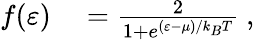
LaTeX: \begin{array}{rl}{f(\varepsilon)}&{{}=\frac{2}{1+e^{(\varepsilon-\mu)/k_{B}T}}~,}\end{array}